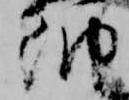
納